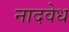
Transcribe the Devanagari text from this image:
नादवेध